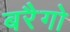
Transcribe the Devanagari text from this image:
बरैगो